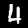
Label: 4